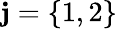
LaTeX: \mathbf{j}=\{ 1,2\}